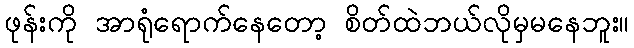
ဖုန်းကို အာရုံရောက်နေတော့ စိတ်ထဲဘယ်လိုမှမနေဘူး။